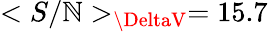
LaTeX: <S/\mathbb{N}>_{\DeltaV}=15.7